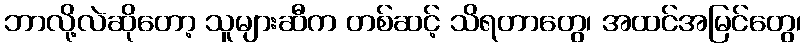
ဘာလို့လဲဆိုတော့ သူများဆီက တစ်ဆင့် သိရတာတွေ၊ အထင်အမြင်တွေ၊